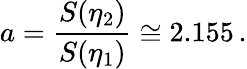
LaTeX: a=\frac{S(\eta_{2})}{S(\eta_{1})}\cong 2.155\, .